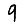
Digit: 9